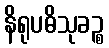
နိရုပဓိသုခဉ္စ